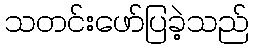
သတင်းဖော်ပြခဲ့သည်